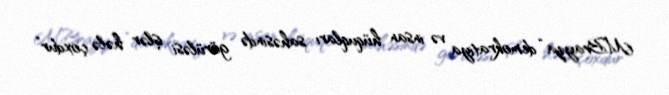
M.Brayza “demokratiya və insan hüquqları sahəsində görüləsi işlər hələ çoxdur”